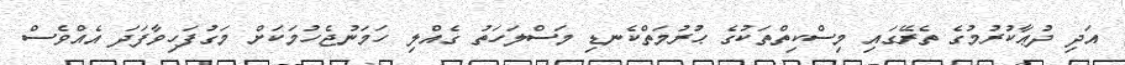
އަދި ދުޢާކުރުމުގެ ތެރޭގައި މިސްކިތްތަކުގެ ޙުރުމަތްކެނޑި މަސްލަހަތު ގެއްލި ހަމަނުޖެހުމަކަށް މަގުފަހިވާފަދަ އެއްވެސް